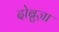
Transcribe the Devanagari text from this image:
दोब्रुज़ा